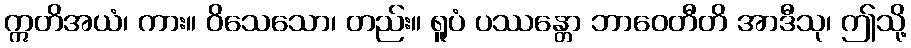
ဣတိအယံ၊ ကား။ ဝိသေသော၊ တည်း။ ရူပံ ပဿန္တော ဘာဝေတီတိ အာဒီသု၊ ဤသို့